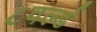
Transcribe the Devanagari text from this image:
८वर्ल्ड